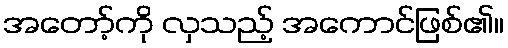
အတော့်ကို လှသည့် အကောင်ဖြစ်၏။